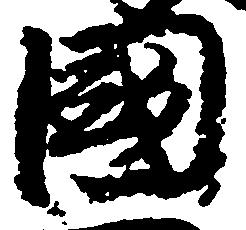
国